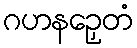
ဂဟနဉှေတံ